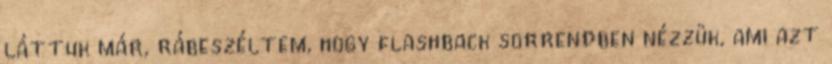
láttuk már, rábeszéltem, hogy flashback sorrendben nézzük, ami azt